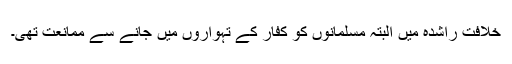
خلافتِ راشدہ میں البتہ مسلمانوں کو کفار کے تہواروں میں جانے سے ممانعت تھی۔